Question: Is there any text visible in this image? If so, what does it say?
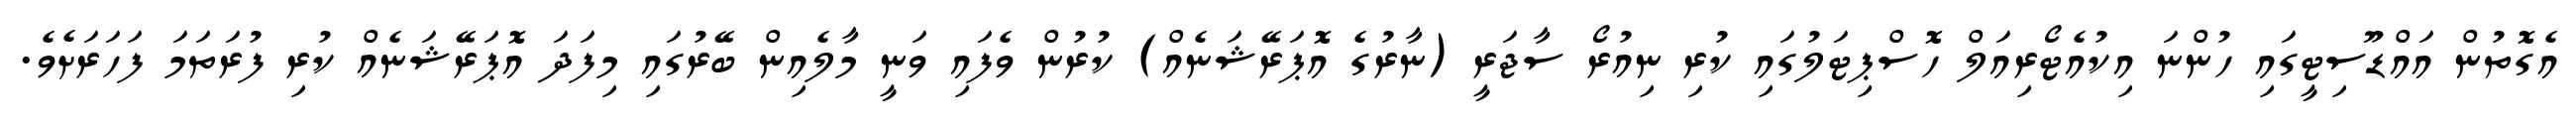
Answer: އެގޮތުން އައްޑޫސިޓީގައި ހުންނަ އިކުއެޓޯރިއަލް ހޮސްޕިޓަލުގައި ކުރި ނިއުރޯ ސާޖަރީ (ނާރުގެ އޮޕަރޭޝަނެއް) ކުރުން ވެފައި ވަނީ މާލެއިން ބޭރުގައި މިފަދަ އޮޕަރޭޝަނެއް ކުރި ފުރަތަމަ ފަހަރަށެވެ.